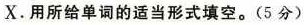
X.用所给单词的适当形式填空。(5分)